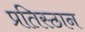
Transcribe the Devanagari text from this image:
प्रतिस्ठान